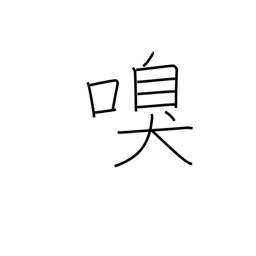
Meaning: sniff